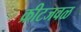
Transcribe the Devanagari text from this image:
क्रीटजवळ